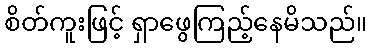
စိတ်ကူးဖြင့် ရှာဖွေကြည့်နေမိသည်။